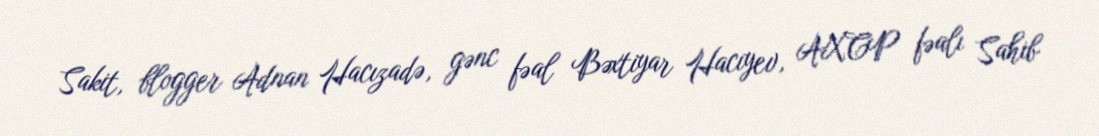
Sakit, blogger Adnan Hacızadə, gənc fəal Bəxtiyar Hacıyev, AXCP fəalı Sahib